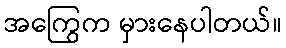
အကြွေက မှားနေပါတယ်။